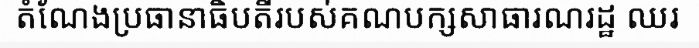
តំណែងប្រធានាធិបតីរបស់គណបក្សសាធារណរដ្ឋ ឈរ